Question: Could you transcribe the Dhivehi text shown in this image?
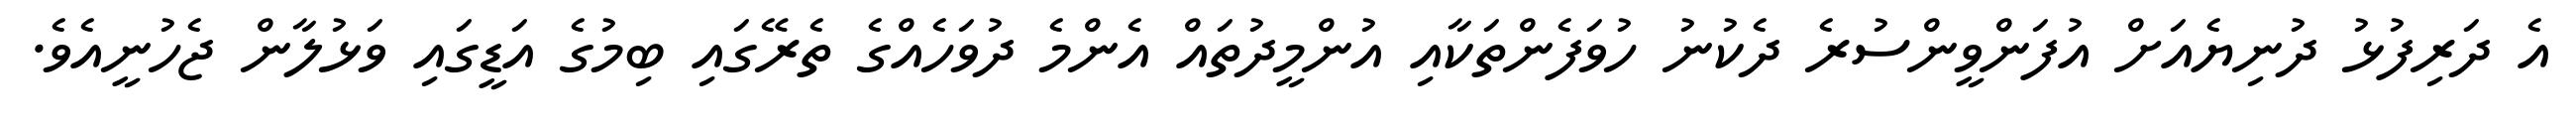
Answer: އެ ދަރިފުޅު ދުނިޔެއަށް އުފަންވީންސުރެ ދެކުނު ހުވަފެންތަކާއި އުންމީދުތައް އެންމެ ދުވަހެއްގެ ތެރޭގައި ބިމުގެ އަޑީގައި ވަޅުލާން ޖެހުނީއެވެ.